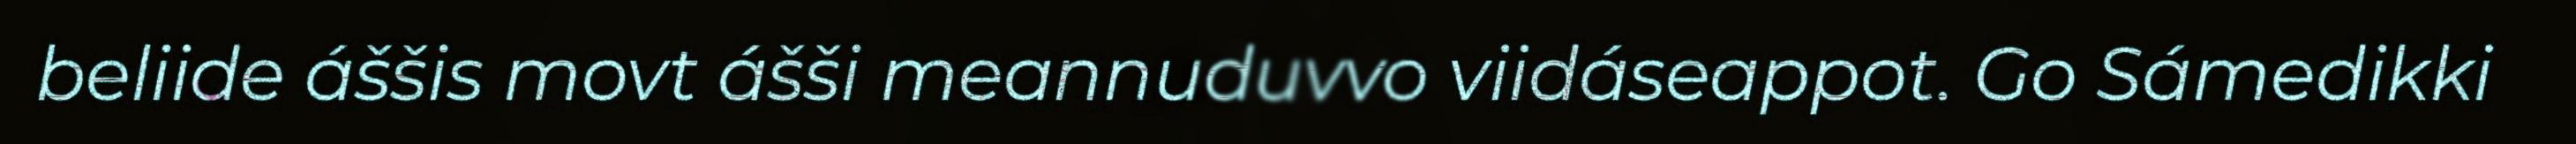
beliide áššis movt ášši meannuduvvo viidáseappot. Go Sámedikki